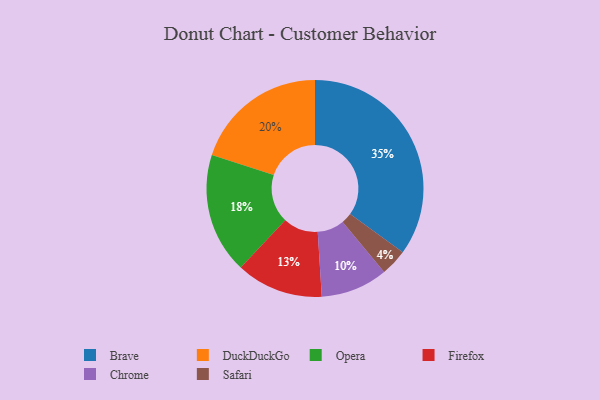
{"axis": {"x": "Category", "y": "Percentage"}, "legend": ["Brave", "Chrome", "DuckDuckGo", "Firefox", "Opera", "Safari"], "data": [{"x": "Opera", "y": 18, "type": "Opera"}, {"x": "Safari", "y": 4, "type": "Safari"}, {"x": "Chrome", "y": 10, "type": "Chrome"}, {"x": "Firefox", "y": 13, "type": "Firefox"}, {"x": "Brave", "y": 35, "type": "Brave"}, {"x": "DuckDuckGo", "y": 20, "type": "DuckDuckGo"}]}